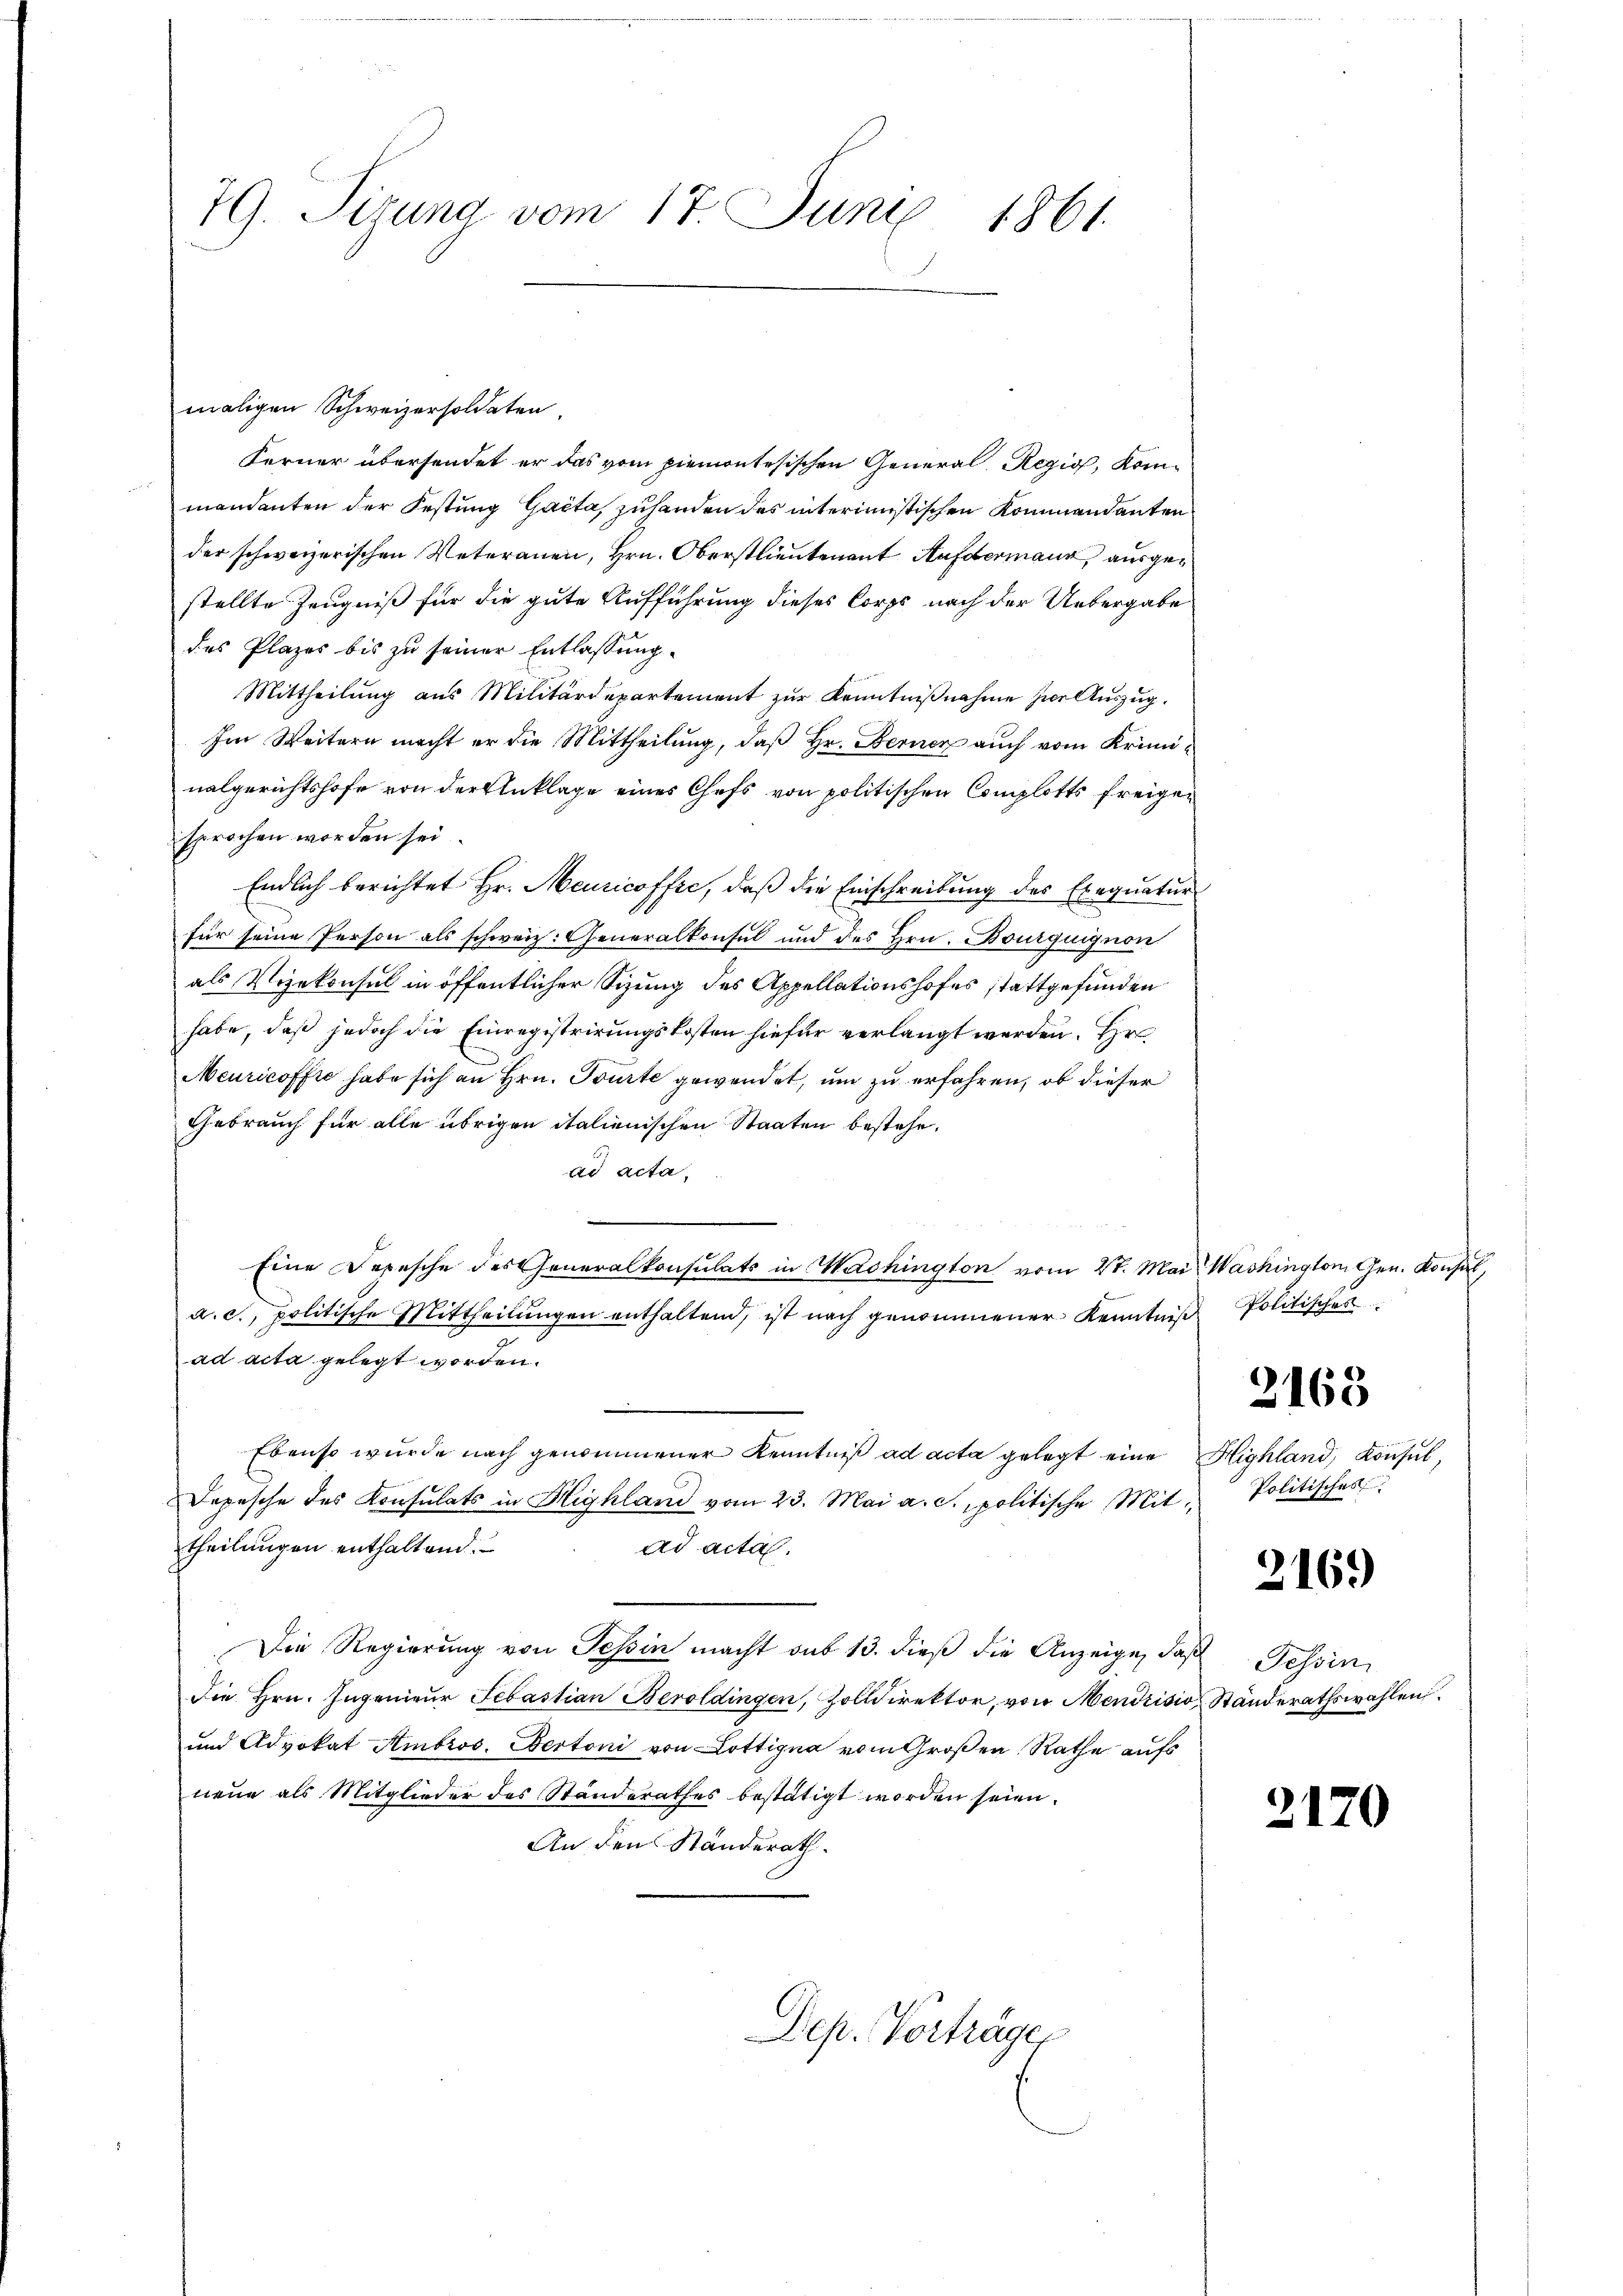
79. Sizung vom 17. Juni 1861.

Ferner übersendet er das vom piemontesischen General Regio, Kom¬

mandanten der Festung Gacta zuhanden des interimistischen Kommandanten
der schweizerischen Veteranen, Hrn. Oberstlieutenant Aufdermann ausgestellte Zeugniß für die gute Aufführung dieses Corps nach der Uebergabe
des Plazes bis zu seiner Entlassung.
Mittheilung aus Militärdepartement zur Kenntnißnahme zur Auszug.
Im Weitern macht er die Mittheilung, daß Hr. Berner auch vom Kriminalgerichtshofe von der Anklage eines Chefs von politischen Complotts freigesprochen worden sei.
Endlich berichtet Hr. Meuricoffe, daß die Einschreibung des Exequatur
für seine Person als schweiz. Generalkonsul und des Hrn. Bourquignon
als Vizekonsul in öffentlicher Sizung des Appellationshofes stattgefunden
habe, daß jedoch die Einregistrirungskosten hiefür verlangt werden. Hr
Meuricoffre habe sich an Hrn. Tourte gewendet, um zu erfahren, ob dieser
Gebrauch für alle übrigen italienischen Staaten bestehe.
ad acta.
Eine Depesche des Generalkonsulats in Washington vom 27. Mai. Washington Gen. Konsul,
a. c., politische Mittheilŭngen enthaltend, ist nach genommener Kenntniß
ad acta gelegt worden.
Ebenso wurde nach genommener Kenntniß ad acta gelegt eine Highland, Konsul,
Depesche des Konsulats in Highland vom 23. Mai a. c., politische Mit- Politisches
theilungen enthaltend.
ad acta.
Die Regierung von Tessin macht sub 13. dieß die Anzeige, das Tessin
Die Hrn. Ingenieur Sebastian Beroldingen, Zolldirektor, von Mendrisis Ständerathswahlen
und Advokat Ambros. Bertoni von Lottigna vom Großen Rathe aufs
neue als Mitglieder des Standerathes bestätigt worden seien.
An den Ständerath.
Dep. Verträge

maligen Schweizersoldaten.

Politisches
2163

216.

2170